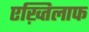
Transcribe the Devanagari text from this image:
एख़्तिलाफ